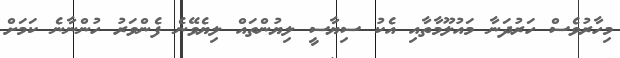
މިހާރުވެސް ހަރުދަނާ މައުލޫމާތާއި އެކު ސިޔާސީ ލިޔުންތައް ލިޔެވޭނެ ފެންވަރު ހުންނާނެ ކަމަށް